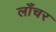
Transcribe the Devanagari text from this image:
लॉंचर